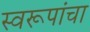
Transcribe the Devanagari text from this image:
स्वरूपांचा